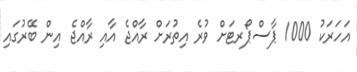
އަހަރަކު 1000 ޕާސްޕޯރޓަށް ވުރެ އިތުރަށް ރާއްޖެ އާއި ރާއްޖެ އިން ބޭރުގައި